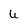
Character: U